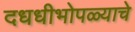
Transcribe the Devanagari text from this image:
दधधीभोपळ्याचे